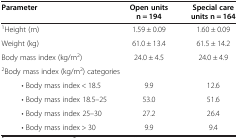
| Parameter | Open units n = 194 | Special care units n = 164 |
 | --- | --- | --- |
 | 1Height (m) | 1.59 ± 0.09 | 1.60 ± 0.09 |
 | Weight (kg) | 61.0 ± 13.4 | 61.5 ± 14.2 |
 | Body mass index (kg/m2) | 24.0 ± 4.5 | 24.0 ± 4.9 |
 | <COLSPAN=3> 2Body mass index (kg/m2) categories |
 | • Body mass index < 18.5 | 9.9 | 12.6 |
 | • Body mass index 18.5–25 | 53.0 | 51.6 |
 | • Body mass index 25–30 | 27.2 | 26.4 |
 | • Body mass index > 30 | 9.9 | 9.4 |